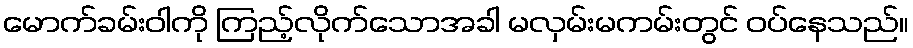
မောက်ခမ်းဝါကို ကြည့်လိုက်သောအခါ မလှမ်းမကမ်းတွင် ဝပ်နေသည်။